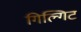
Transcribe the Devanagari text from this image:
गिल्गिट